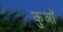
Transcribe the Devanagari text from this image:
कुआॅ